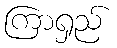
ကြာရှည်